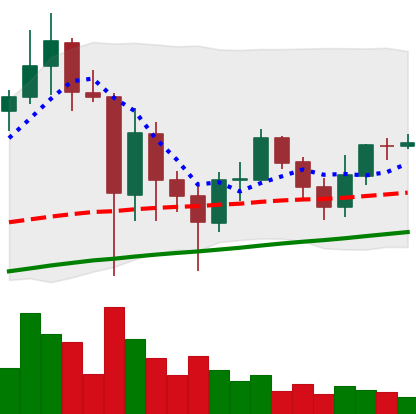
Ticker: ADA-USD
Chart end date: 2021-06-02
Forward return: -10.767%
Label: down_7plus